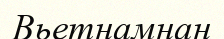
Вьетнамнан